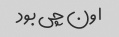
اون چی بود